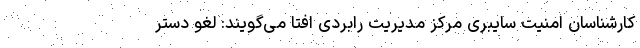
کارشناسان امنیت سایبری مرکز مدیریت رابردی افتا می‌گویند: لغو دستر